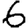
Digit: 6